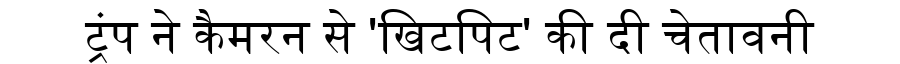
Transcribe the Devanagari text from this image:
ट्रंप ने कैमरन से 'खिटपिट' की दी चेतावनी